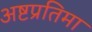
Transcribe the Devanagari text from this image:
अष्टप्रतिमा